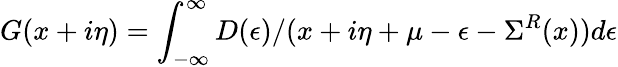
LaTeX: G(x+i\eta)=\int_{-\infty}^{\infty}{D(\epsilon)}/(x+i\eta+\mu-\epsilon-\Sigma^{R}(x))d\epsilon